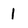
Character: 1